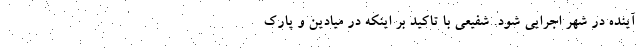
آینده در شهر اجرایی شود. شفیعی با تاکید بر اینکه در میادین و پارک